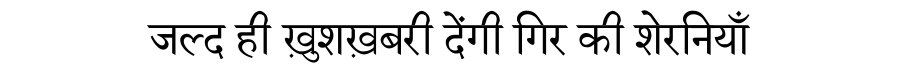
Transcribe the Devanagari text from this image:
जल्द ही ख़ुशख़बरी देंगी गिर की शेरनियाँ